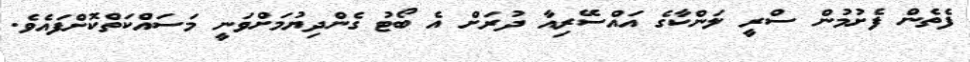
ފެތެން ފެށުމުން ސްރީ ލަންކާގެ އައްސޭރިއާ ދުރަށް އެ ބޯޓު ގެންދިޔުމަށްވަނީ މަސައްކަތްކޮށްފައެވެ.